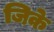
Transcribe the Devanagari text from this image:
जिके